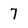
Character: 7